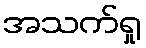
အသက်ရှု